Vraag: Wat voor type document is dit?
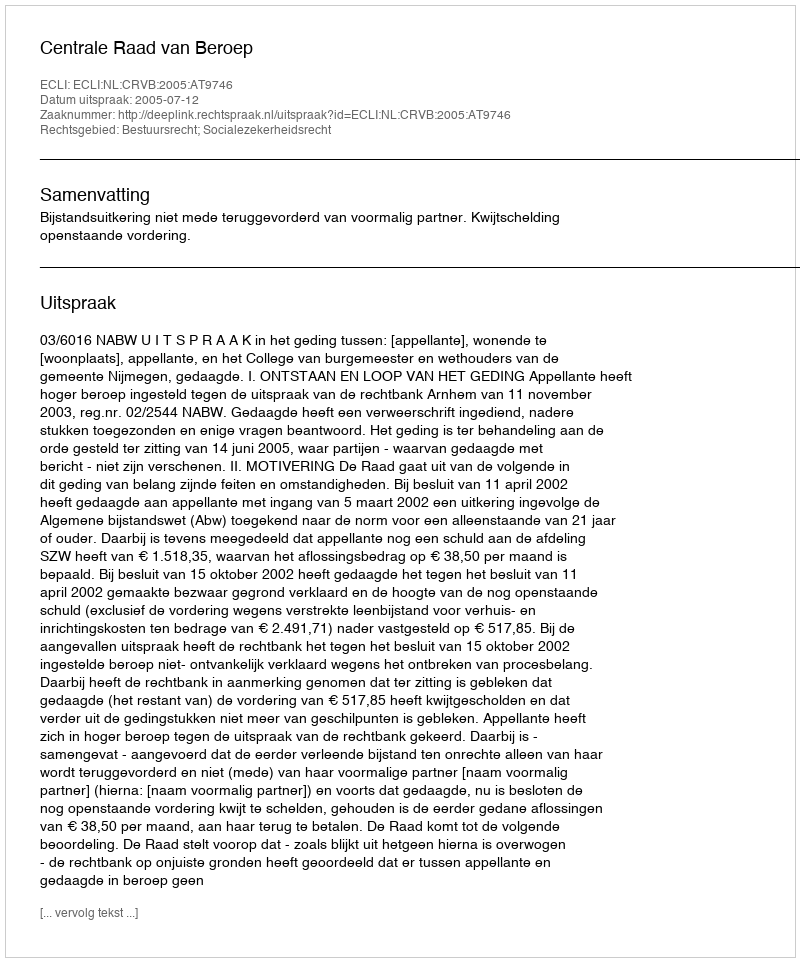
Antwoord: Uitspraak